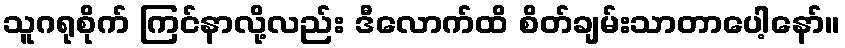
သူဂရုစိုက် ကြင်နာလို့လည်း ဒီလောက်ထိ စိတ်ချမ်းသာတာပေါ့နော်။